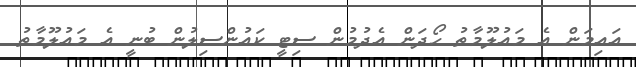
އައިމަން އެ މައުލޫމާތު ހޯދަން އެދުމުން ސިޓީ ކައުންސިލުން ބުނީ އެ މައުލޫމާތު